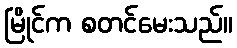
မြိုင်က စတင်မေးသည်။